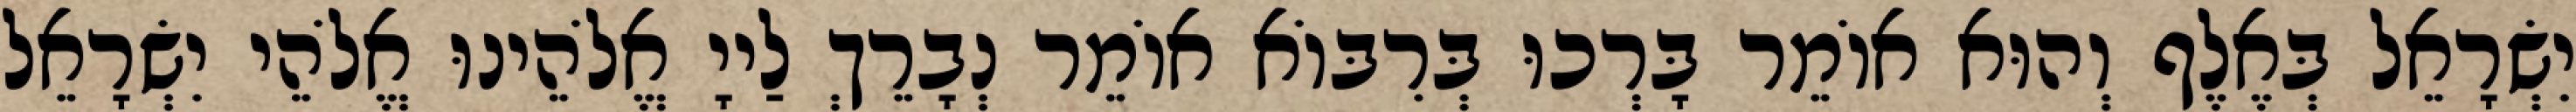
יִשְׂרָאֵל בְּאֶלֶף וְהוּא אוֹמֵר בָּרְכוּ בְּרִבּוֹא אוֹמֵר נְבָרֵךְ לַייָ אֱלֹהֵינוּ אֱלֹהֵי יִשְׂרָאֵל